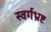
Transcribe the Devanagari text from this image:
स्वर्गभ्रष्ट